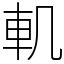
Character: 䡄